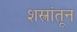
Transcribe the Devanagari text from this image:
शस्त्रांतून